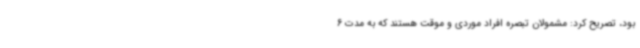
بود، تصریح کرد: مشمولان تبصره افراد موردی و موقت هستند که به مدت 6